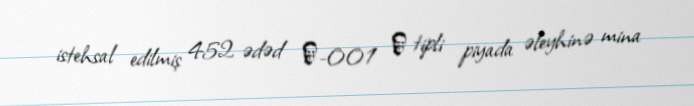
istehsal edilmiş 452 ədəd Э-001 М tipli piyada əleyhinə mina